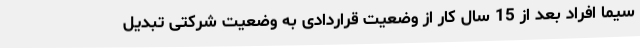
سیما افراد بعد از 15 سال کار از وضعیت قراردادی به وضعیت شرکتی تبدیل